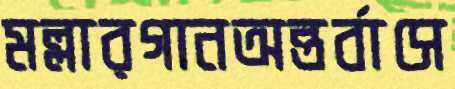
মল্লারগানঅন্তর্বাসে